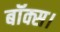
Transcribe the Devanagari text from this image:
बॉक्स।